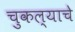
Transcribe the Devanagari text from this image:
चुकल्याचे